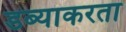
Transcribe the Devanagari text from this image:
डब्याकरता